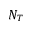
N _ { T }